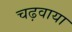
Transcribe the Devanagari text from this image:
चढ़वाया